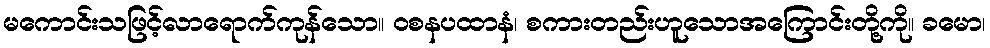
မကောင်းသဖြင့်လာရောက်ကုန်သော။ ဝစနပထာနံ၊ စကားတည်းဟူသောအကြောင်းတို့ကို။ ခမော၊